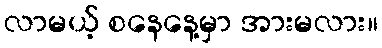
လာမယ့် စနေနေ့မှာ အားမလား။